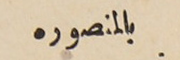
بالمنصوره